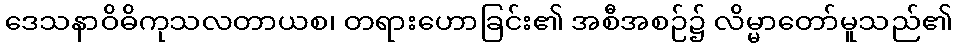
ဒေသနာဝိဓိကုသလတာယစ၊ တရားဟောခြင်း၏ အစီအစဉ်၌ လိမ္မာတော်မူသည်၏